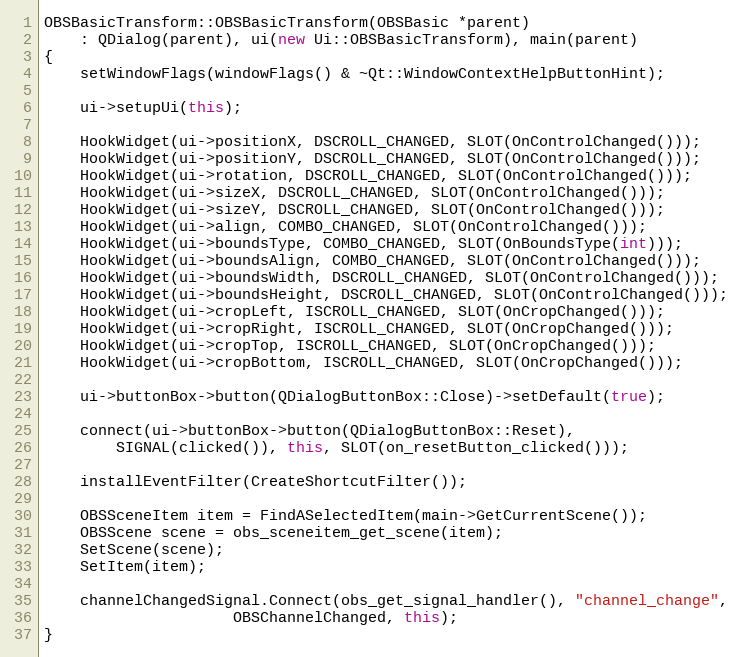
Language: C++
OBSBasicTransform::OBSBasicTransform(OBSBasic *parent)
	: QDialog(parent), ui(new Ui::OBSBasicTransform), main(parent)
{
	setWindowFlags(windowFlags() & ~Qt::WindowContextHelpButtonHint);

	ui->setupUi(this);

	HookWidget(ui->positionX, DSCROLL_CHANGED, SLOT(OnControlChanged()));
	HookWidget(ui->positionY, DSCROLL_CHANGED, SLOT(OnControlChanged()));
	HookWidget(ui->rotation, DSCROLL_CHANGED, SLOT(OnControlChanged()));
	HookWidget(ui->sizeX, DSCROLL_CHANGED, SLOT(OnControlChanged()));
	HookWidget(ui->sizeY, DSCROLL_CHANGED, SLOT(OnControlChanged()));
	HookWidget(ui->align, COMBO_CHANGED, SLOT(OnControlChanged()));
	HookWidget(ui->boundsType, COMBO_CHANGED, SLOT(OnBoundsType(int)));
	HookWidget(ui->boundsAlign, COMBO_CHANGED, SLOT(OnControlChanged()));
	HookWidget(ui->boundsWidth, DSCROLL_CHANGED, SLOT(OnControlChanged()));
	HookWidget(ui->boundsHeight, DSCROLL_CHANGED, SLOT(OnControlChanged()));
	HookWidget(ui->cropLeft, ISCROLL_CHANGED, SLOT(OnCropChanged()));
	HookWidget(ui->cropRight, ISCROLL_CHANGED, SLOT(OnCropChanged()));
	HookWidget(ui->cropTop, ISCROLL_CHANGED, SLOT(OnCropChanged()));
	HookWidget(ui->cropBottom, ISCROLL_CHANGED, SLOT(OnCropChanged()));

	ui->buttonBox->button(QDialogButtonBox::Close)->setDefault(true);

	connect(ui->buttonBox->button(QDialogButtonBox::Reset),
		SIGNAL(clicked()), this, SLOT(on_resetButton_clicked()));

	installEventFilter(CreateShortcutFilter());

	OBSSceneItem item = FindASelectedItem(main->GetCurrentScene());
	OBSScene scene = obs_sceneitem_get_scene(item);
	SetScene(scene);
	SetItem(item);

	channelChangedSignal.Connect(obs_get_signal_handler(), "channel_change",
				     OBSChannelChanged, this);
}